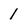
Character: 1